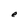
Character: e